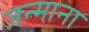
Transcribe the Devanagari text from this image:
जन्माना